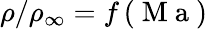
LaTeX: \rho/\rho_{\infty}=f\left(\mathrm{~M~a~}\right)